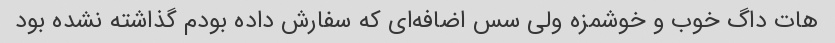
هات داگ خوب و خوشمزه ولی سس اضافه‌ای که سفارش داده بودم گذاشته نشده بود